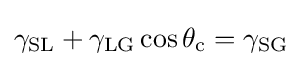
\gamma _{\mathrm {SL} }+\gamma _{\mathrm {LG} }\cos {\theta _{\mathrm {c} }}=\gamma _{\mathrm {SG} }